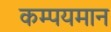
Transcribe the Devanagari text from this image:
कम्पयमान